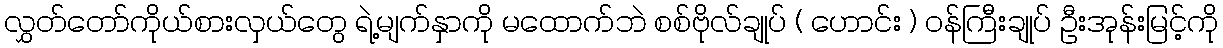
လွှတ်တော်ကိုယ်စားလှယ်တွေ ရဲ့မျက်နှာကို မထောက်ဘဲ စစ်ဗိုလ်ချုပ် ( ဟောင်း ) ဝန်ကြီးချုပ် ဦးအုန်းမြင့်ကို